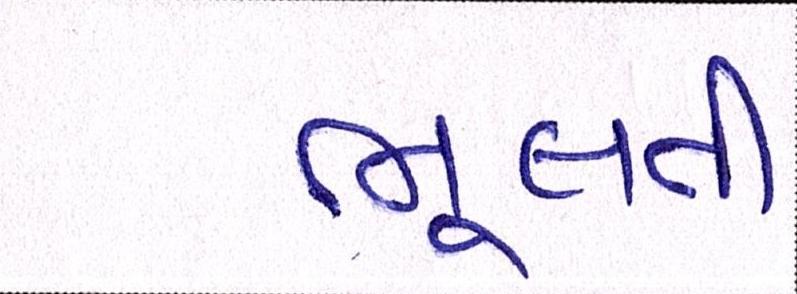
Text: ભૂલતી